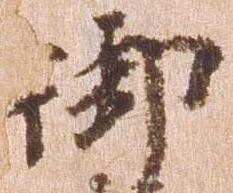
御